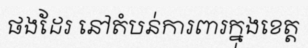
ផងដែរ នៅតំបន់ការពារក្នុងខេត្ត